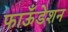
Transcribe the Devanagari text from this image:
फाऊँडेशन